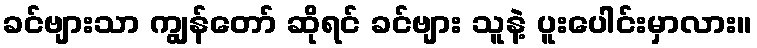
ခင်ဗျားသာ ကျွန်တော် ဆိုရင် ခင်ဗျား သူနဲ့ ပူးပေါင်းမှာလား။